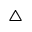
\triangle